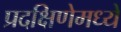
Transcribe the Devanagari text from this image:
प्रदक्षिणेमध्ये